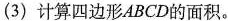
（3）计算四边形ABCD的面积。